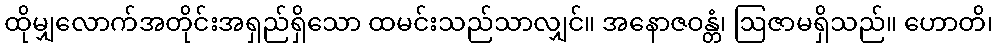
ထိုမျှလောက်အတိုင်းအရှည်ရှိသော ထမင်းသည်သာလျှင်။ အနောဇဝန္တံ၊ ဩဇာမရှိသည်။ ဟောတိ၊